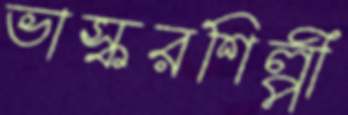
ভাস্করশিল্পী